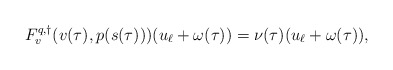
\begin{align*}F^{q,\dagger}_v(v(\tau), p(s(\tau)))(u_\ell + \omega(\tau)) = \nu(\tau) (u_\ell + \omega(\tau)),\end{align*}